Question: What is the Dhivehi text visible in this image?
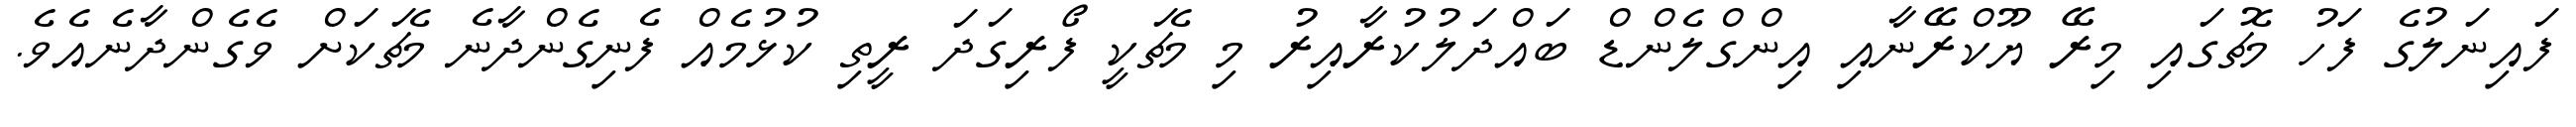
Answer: ފައިނަލުގެ ފަހު މެޗުގައި މިރޭ ޔޫކްރޭނާއި އިންގްލެންޑް ބައްދަލުކުރާއިރު މި މެޗަކީ ފޯރިގަދަ ރީތި ކުޅުމެއް ފެނިގެންދާނެ މެޗަކަށް ވެގެންދާނެއެވެ.